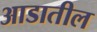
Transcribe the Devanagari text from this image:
आडातील